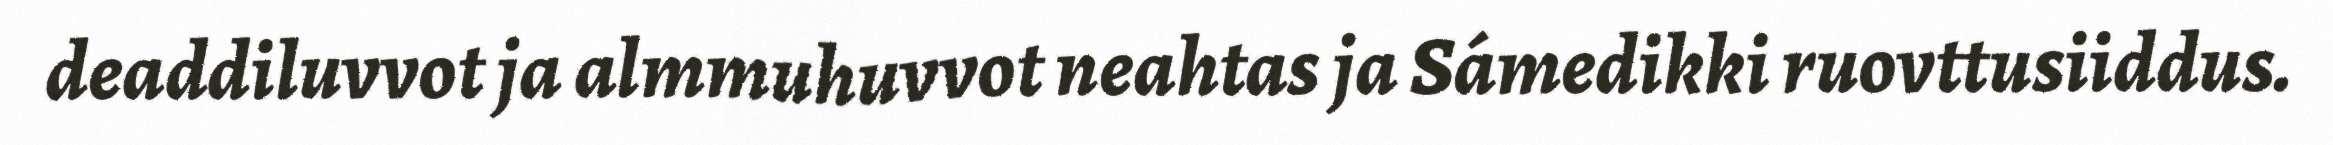
deaddiluvvot ja almmuhuvvot neahtas ja Sámedikki ruovttusiiddus.